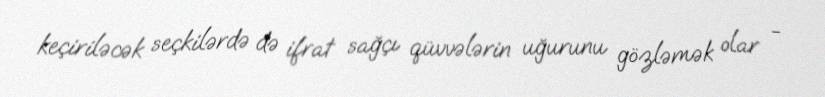
keçiriləcək seçkilərdə də ifrat sağçı qüvvələrin uğurunu gözləmək olar -